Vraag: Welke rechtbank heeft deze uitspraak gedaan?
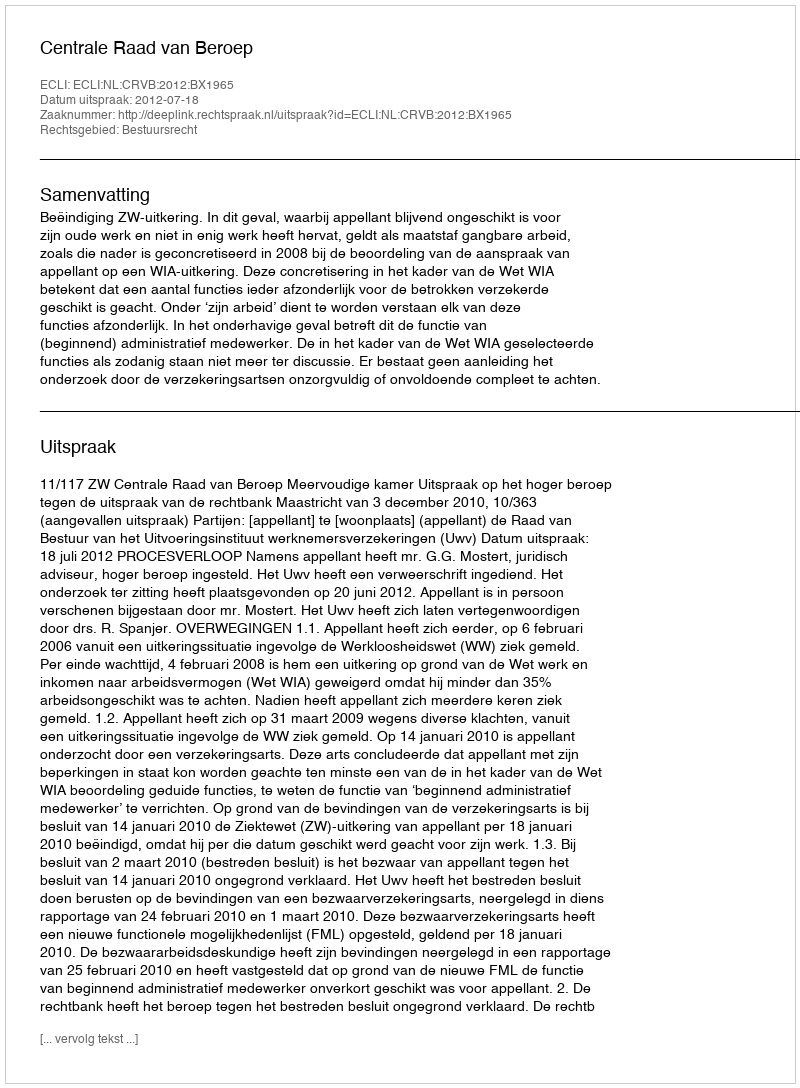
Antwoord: Centrale Raad van Beroep